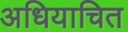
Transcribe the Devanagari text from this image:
अधियाचित